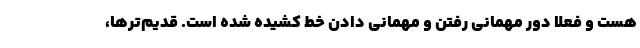
هست و فعلا دور مهمانی رفتن و مهمانی دادن خط کشیده شده است. قدیم‌‌ترها،